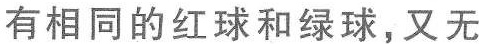
有相同的红球和绿球，又无